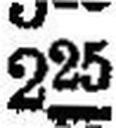
225